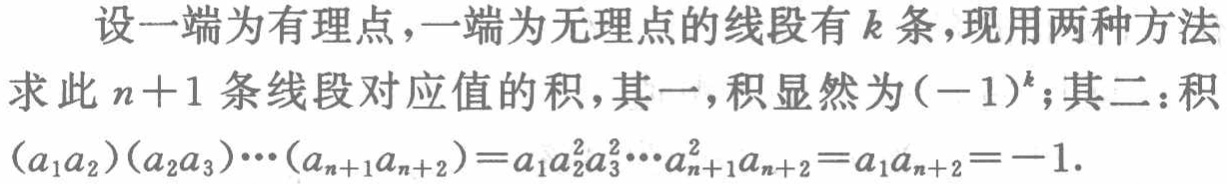
设一端为有理点，一端为无理点的线段有\(k\)条，现用两种方法求此\(n + 1\)条线段对应值的积，其一，积显然为\((-1)^{k}\)；其二：积\((a_{1}a_{2})(a_{2}a_{3})\cdots(a_{n + 1}a_{n + 2})=a_{1}a_{2}^{2}a_{3}^{2}\cdots a_{n + 1}^{2}a_{n + 2}=a_{1}a_{n + 2}=-1\).